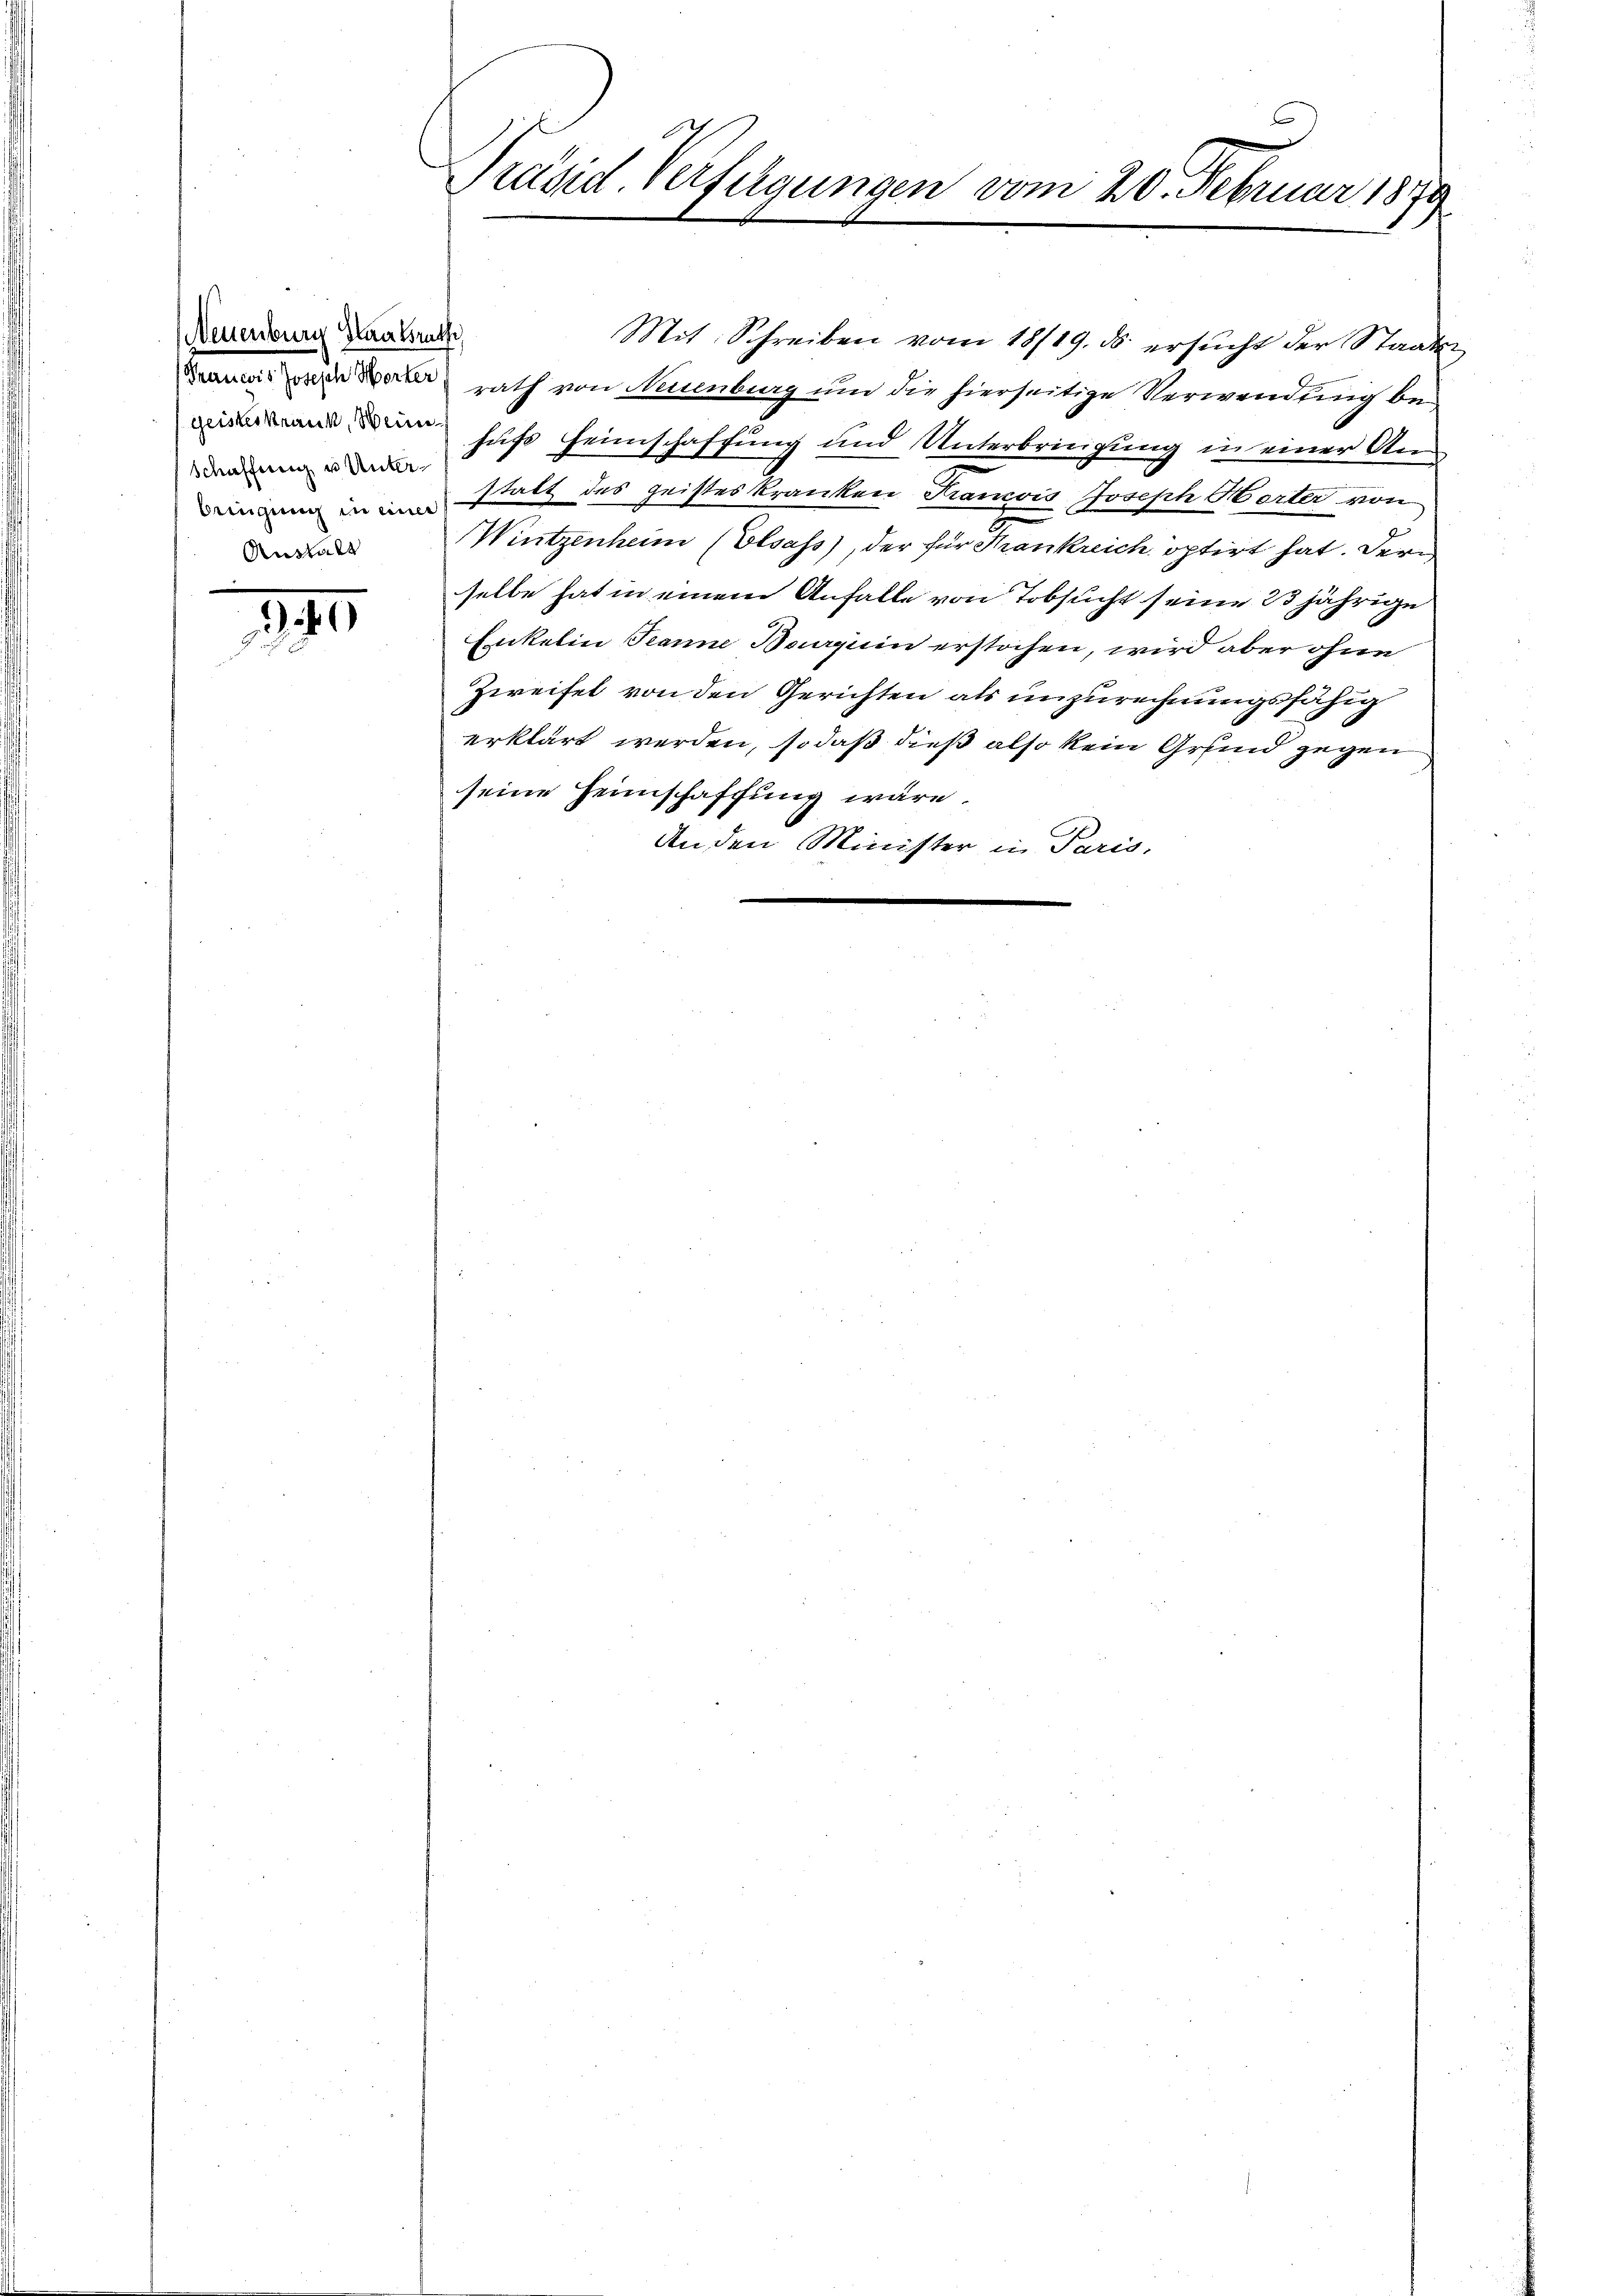
Neuenburg Staatsrathe
Geisteskrank, Wein
Schaffung u Unter¬
Aushalt

841.

Präsid. Verfügungen vom 20. Februar 1870

Mit Schreiben vom 18/19. ds. ersŭcht der Staats
as wie anrath von Neuenburg um die hierseitige Verwendung behufs Heimschaffung und Unterbringung in einer Aem
deinen in es statt des geisteskranken Francois Joseph Herter von
Wintzenheim (Elsass, der für Frankreich optirt hat. Dern
selbe hat in einem Anfalle von Tobsucht seine 23jährige
Enkelin Jeanne Burguin erstochen, wird aber ohne
Zweifel von den Gerichten als unzurechnungsfähig
erklärt werden, so daß dieß also kein Grund gegen
seine Heimschaffung wäre.
An den Minister in Paris,